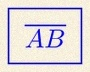
\overline{AB}